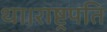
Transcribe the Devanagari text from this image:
था।राष्ट्रपति